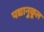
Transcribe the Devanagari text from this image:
पद्यानुकूल